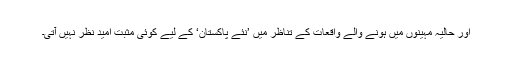
اور حالیہ مہینوں میں ہونے والے واقعات کے تناظر میں ’نئے پاکستان‘ کے لیے کوئی مثبت امید نظر نہیں آتی۔